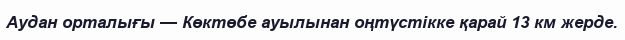
Аудан орталығы — Көктөбе ауылынан оңтүстікке қарай 13 км жерде.